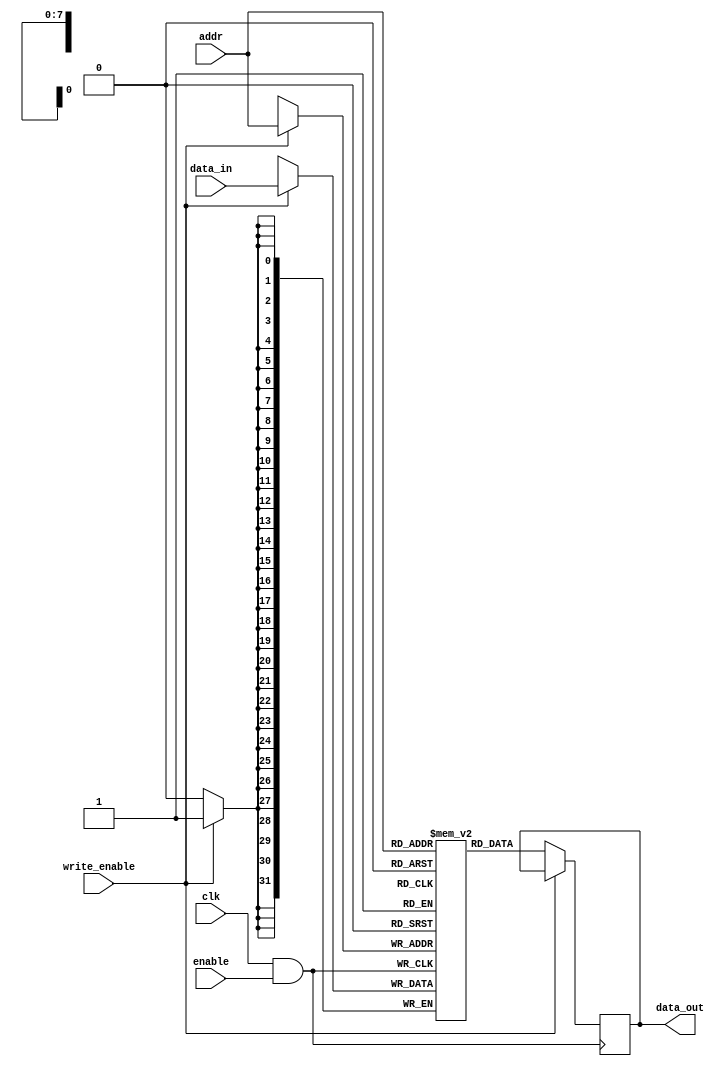
module memory_block (
    input wire clk,                // Primary clock input
    input wire enable,             // Enable signal for clock gating
    input wire [7:0] addr,         // Memory address input
    input wire [31:0] data_in,     // Data input for write operations
    input wire write_enable,        // Write enable signal
    output reg [31:0] data_out      // Data output for read operations
);

    // Memory array: 256x32 bits
    reg [31:0] memory_array [0:255];

    // Gated clock signal
    wire gated_clk;

    // Clock gating logic (AND gate)
    assign gated_clk = clk & enable;

    // Process for reading and writing memory
    always @(posedge gated_clk) begin
        if (write_enable) begin
            memory_array[addr] <= data_in; // Write operation
        end else begin
            data_out <= memory_array[addr]; // Read operation
        end
    end

endmodule